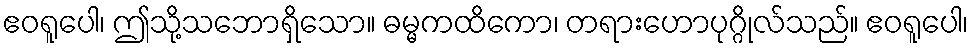
ဧဝရူပေါ၊ ဤသို့သဘောရှိသော။ ဓမ္မကထိကော၊ တရားဟောပုဂ္ဂိုလ်သည်။ ဧဝရူပေါ၊